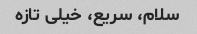
سلام، سریع، خیلی تازه